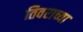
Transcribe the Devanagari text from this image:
तिवराच्या